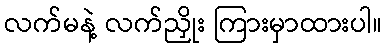
လက်မနဲ့ လက်ညှိုး ကြားမှာထားပါ။